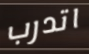
اتدرب